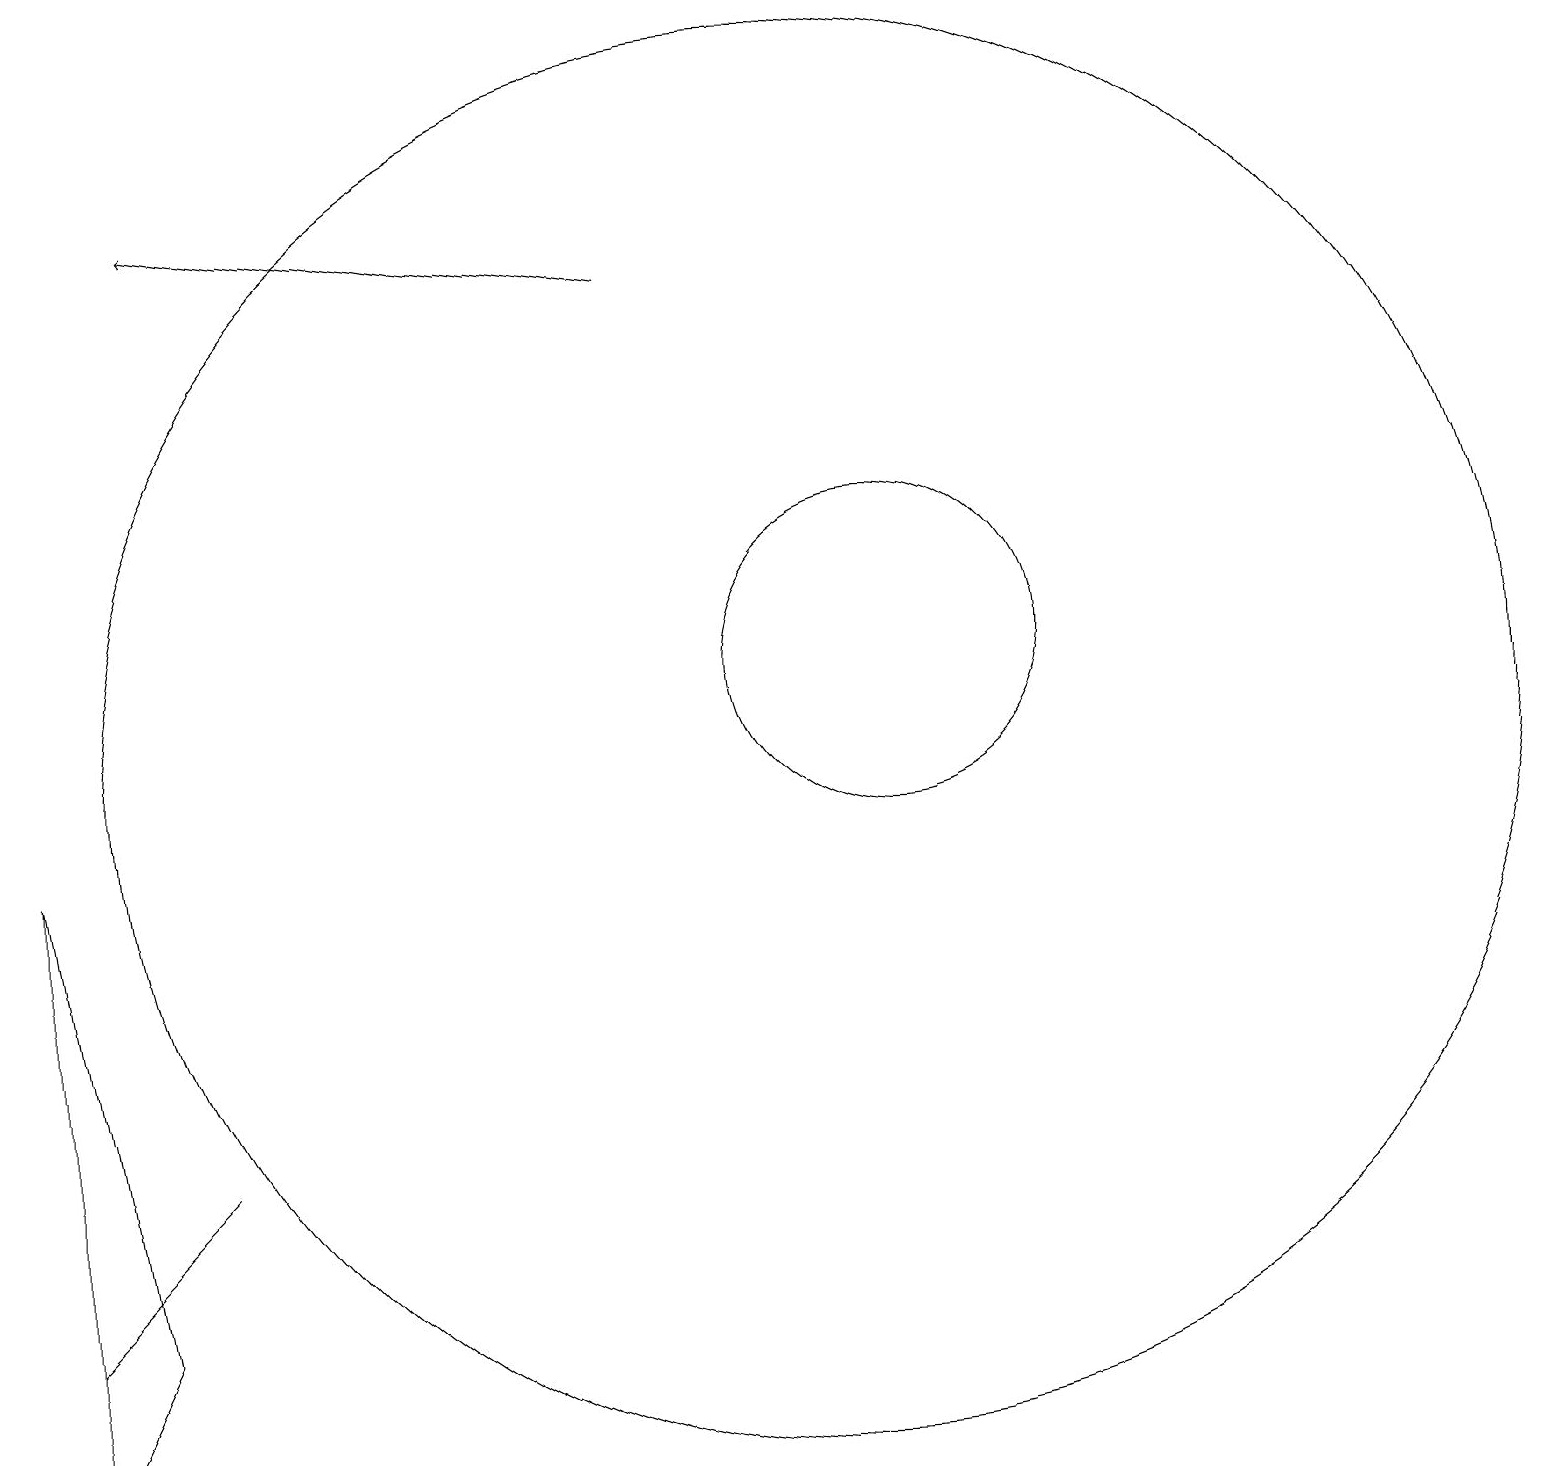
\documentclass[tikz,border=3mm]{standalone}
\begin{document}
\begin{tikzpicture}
\draw (1,3) -- (0,1) -- (0,9) -- cycle;
\draw (0,3) -- (2,5) -- (2,5) -- cycle;
\draw (10,10) circle (9);
\draw (11,11) circle (0);
\draw[->] (8,16) -- (2,17);
\draw (11,11) circle (2);
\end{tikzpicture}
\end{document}